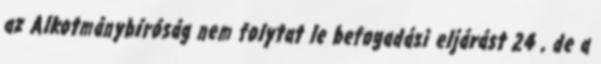
az Alkotmánybíróság nem folytat le befogadási eljárást 24 , de a